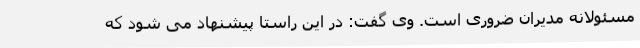
مسئولانه مدیران ضروری است. وی گفت: در این راستا پیشنهاد می شود که